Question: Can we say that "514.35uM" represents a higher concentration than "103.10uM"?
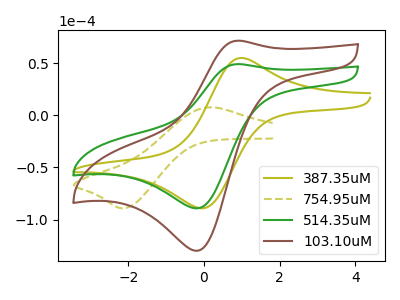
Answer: <think>The olive curve "387.35uM" has an anodic peak at (0.90V, 54.75uA) and a cathodic peak at (-0.05V, -89.20uA). The olive dashed curve "754.95uM" has an anodic peak at (0.15V, 7.85uA) and a cathodic peak at (-2.10V, -89.20uA). The green curve "514.35uM" has an anodic peak at (0.85V, 49.20uA) and a cathodic peak at (-0.20V, -89.20uA). The brown curve "103.10uM" has an anodic peak at (0.85V, 71.65uA) and a cathodic peak at (-0.20V, -129.95uA).
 All the peaks in "514.35uM" have a peak in "103.10uM" at the same potential. Every peak in "514.35uM" is lower than every peak in "103.10uM".</think>
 <answer>"514.35uM" has less signal than "103.10uM" and so likely has a lower concentration.</answer>
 <eval>less_concentration</eval>